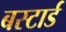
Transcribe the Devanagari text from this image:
बस्टार्ड